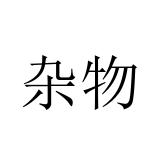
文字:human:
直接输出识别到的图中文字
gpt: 杂物